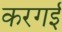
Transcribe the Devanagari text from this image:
करगई